Indian journal of veterinary science and animal husbandry - Volume 11,
Year: 1941
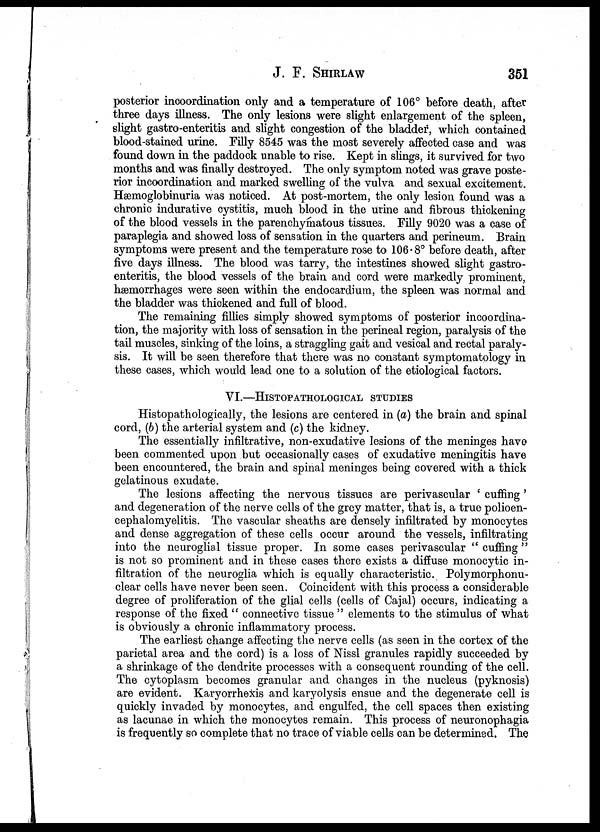
J. F. SHIRLAW 351
posterior incoordination only and a temperature of 106° before death, after
three days illness. The only lesions were slight enlargement of the spleen,
slight gastro-enteritis and slight congestion of the bladder, which contained
blood-stained urine. Filly 8545 was the most severely affected case and was
found down in the paddock unable to rise. Kept in slings, it survived for two
months and was finally destroyed. The only symptom noted was grave poste-
rior incoordination and marked swelling of the vulva and sexual excitement.
Hæmoglobinuria was noticed. At post-mortem, the only lesion found was a
chronic indurative cystitis, much blood in the urine and fibrous thickening
of the blood vessels in the parenchymatous tissues. Filly 9020 was a case of
paraplegia and showed loss of sensation in the quarters and perineum. Brain
symptoms were present and the temperature rose to 106.8° before death, after
five days illness. The blood was tarry, the intestines showed slight gastro-
enteritis, the blood vessels of the brain and cord were markedly prominent,
hæmorrhages were seen within the endocardium, the spleen was normal and
the bladder was thickened and full of blood.
The remaining fillies simply showed symptoms of posterior incoordina-
tion, the majority with loss of sensation in the perineal region, paralysis of the
tail muscles, sinking of the loins, a straggling gait and vesical and rectal paraly-
sis. It will be seen therefore that there was no constant symptomatology in
these cases, which would lead one to a solution of the etiological factors.
VI.—HISTOPATHOLOGICAL STUDIES
Histopathologically, the lesions are centered in (a) the brain and spinal
cord, (b) the arterial system and (c) the kidney.
The essentially infiltrative, non-exudative lesions of the meninges have
been commented upon but occasionally cases of exudative meningitis have
been encountered, the brain and spinal meninges being covered with a thick
gelatinous exudate.
The lesions affecting the nervous tissues are perivascular ' cuffing'
and degeneration of the nerve cells of the grey matter, that is, a true polioen-
cephalomyelitis. The vascular sheaths are densely infiltrated by monocytes
and dense aggregation of these cells occur around the vessels, infiltrating
into the neuroglial tissue proper. In some cases perivascular " cuffing "
is not so prominent and in these cases there exists a diffuse monocytic in-
filtration of the neuroglia which is equally characteristic. Polymorphonu-
clear cells have never been seen. Coincident with this process a considerable
degree of proliferation of the glial cells (cells of Cajal) occurs, indicating a
response of the fixed " connective tissue " elements to the stimulus of what
is obviously a chronic inflammatory process.
The earliest change affecting the nerve cells (as seen in the cortex of the
parietal area and the cord) is a loss of Nissl granules rapidly succeeded by
a shrinkage of the dendrite processes with a consequent rounding of the cell.
The cytoplasm becomes granular and changes in the nucleus (pyknosis)
are evident. Karyorrhexis and karyolysis ensue and the degenerate cell is
quickly invaded by monocytes, and engulfed, the cell spaces then existing
as lacunae in which the monocytes remain. This process of neuronophagia
is frequently so complete that no trace of viable cells can be determined. The